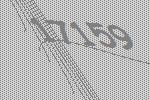
17159